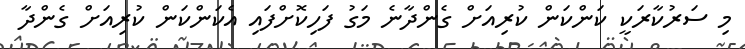
މި ސަރުކާރަކީ ކަންކަން ކުރިއަށް ގެންދާނެ މަގު ފަހިކޮށްފައި އެކަންކަން ކުރިއަށް ގެންދާ